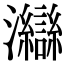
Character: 𤅇